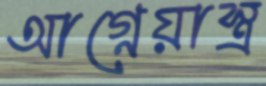
আগ্নেয়াস্ত্র